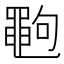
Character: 𪓞